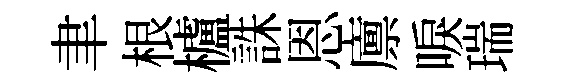
聿根櫨誅恩廪唳瑞